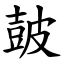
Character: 皷